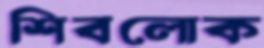
শিবলোক